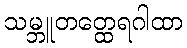
သမ္ဘူတတ္ထေရဂါထာ